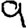
Digit: 9